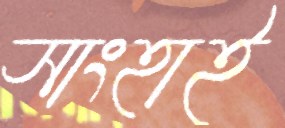
সাংহাই